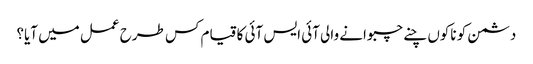
دشمن کو ناکوں چنے چبوانے والی آئی ایس آئی کا قیام کس طرح عمل میں آیا؟